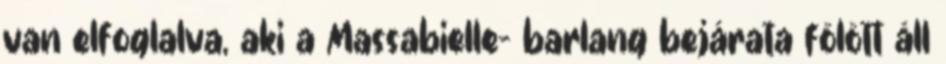
van elfoglalva, aki a Massabielle- barlang bejárata fölött áll